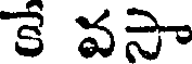
కే వసా